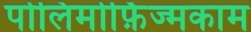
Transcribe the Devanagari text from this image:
पोलिमोर्फ़िज्मकाम